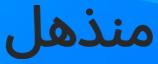
منذھل